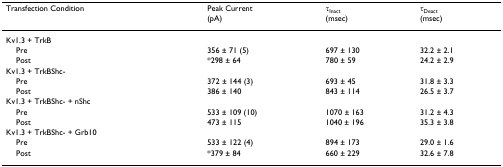
| Transfection Condition | Peak Current(pA) | τInact(msec) | τDeact(msec) |
 | --- | --- | --- | --- |
 | Kv1.3 + TrkB |  |  |  |
 | Pre | 356 ± 71 (5) | 697 ± 130 | 32.2 ± 2.1 |
 | Post | *298 ± 64 | 780 ± 59 | 24.2 ± 2.9 |
 | Kv1.3 + TrkBShc- |  |  |  |
 | Pre | 372 ± 144 (3) | 693 ± 45 | 31.8 ± 3.3 |
 | Post | 386 ± 140 | 843 ± 114 | 26.5 ± 3.7 |
 | Kv1.3 + TrkBShc- + nShc |  |  |  |
 | Pre | 533 ± 109 (10) | 1070 ± 163 | 31.2 ± 4.3 |
 | Post | 473 ± 115 | 1040 ± 196 | 35.3 ± 3.8 |
 | Kv1.3 + TrkBShc- + Grb10 |  |  |  |
 | Pre | 533 ± 122 (4) | 894 ± 173 | 29.0 ± 1.6 |
 | Post | *379 ± 84 | 660 ± 229 | 32.6 ± 7.8 |